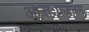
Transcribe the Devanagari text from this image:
अन्तःप्रजनन